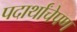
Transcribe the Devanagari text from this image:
पदार्थांचेपण